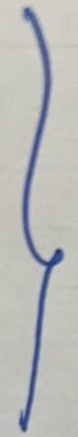
}